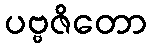
ပဗ္ဗဇိတော